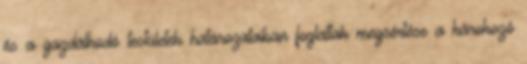
és a gazdálkodó testületek határozataiban foglaltak megsértése a károkozó